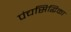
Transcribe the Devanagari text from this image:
पंचसिद्धिका